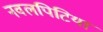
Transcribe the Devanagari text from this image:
नवलपिटिया